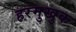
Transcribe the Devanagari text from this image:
हरमुखुक